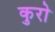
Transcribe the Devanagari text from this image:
कुरो